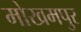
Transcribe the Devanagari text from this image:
मोखमपुर